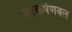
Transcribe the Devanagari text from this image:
आकर्षणबल